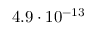
4 . 9 \cdot 1 0 ^ { - 1 3 }